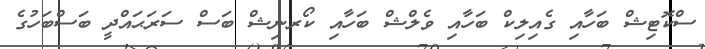
ސްކޮޓިޝް ބަހާއި ގެއިލިކް ބަހާއި ވެލްޝް ބަހާއި ކޯރނިޝް ބަސް ސަރަޙައްދީ ބަސްބަހުގެ